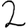
Digit: 2